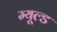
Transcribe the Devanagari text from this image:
म्यूल्ड